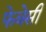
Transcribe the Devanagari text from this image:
फेबेसी